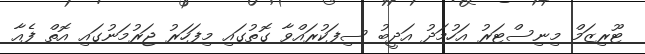
ޓޫރިޒަމް މިނިސްޓަރު އަހުމަދު އަދީބު ސިފަކުރައްވާ ގޮތުގައި މިފަހަރު ޖަރުމަނުގައި އޮތް ފެއާ